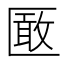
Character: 𭅞